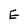
Character: E